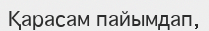
Қарасам пайымдап,